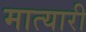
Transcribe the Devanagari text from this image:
मात्यारी